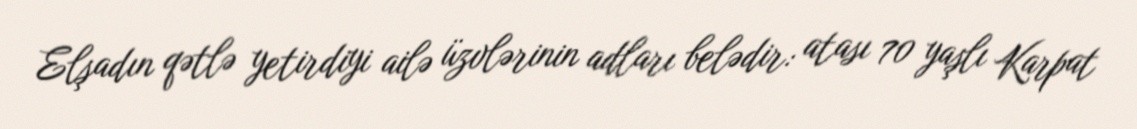
Elşadın qətlə yetirdiyi ailə üzvlərinin adları belədir: atası 70 yaşlı Karpat